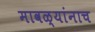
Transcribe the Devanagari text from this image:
मावळ्यांनाच